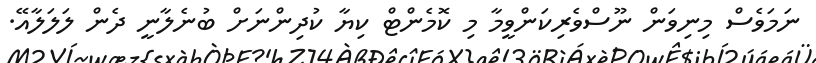
ނަމަވެސް މިނިވަން ނޫސްވެރިކަންވީމާ މި ކޮމެންޓް ކިޔާ ކުދިންނަށް ބުނެލާނީ ދެން ލަލަލާއޭ.